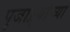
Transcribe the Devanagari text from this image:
पुजाऱ्यांच्या